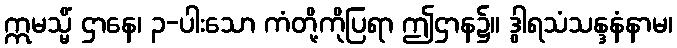
ဣမသ္မိံ ဌာနေ၊ ၃-ပါးသော ကံတို့ကိုပြရာ ဤဌာန၌။ ဒွါရသံသန္ဒနံနာမ၊